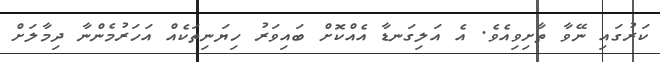
ކަރުގައި ނޭވާ ތާށިވިއެވެ. އެ އަލިގަނޑާ އެއްކޮށް ބައިވަރު ހިޔަނިތަކެއް އަހަރުމެންނާ ދިމާލަށް